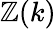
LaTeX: \mathbb{Z}(k)